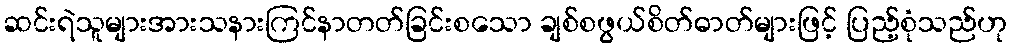
ဆင်းရဲသူများအားသနားကြင်နာတတ်ခြင်းစသော ချစ်စဖွယ်စိတ်ဓာတ်များဖြင့် ပြည့်စုံသည်ဟု